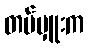
တပ်မှူးက